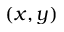
( x , y )